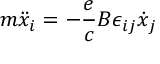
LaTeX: m \ddot { x } _ { i } = - \frac { e } { c } B \epsilon _ { i j } \dot { x } _ { j }